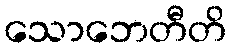
သောဘေတီတိ